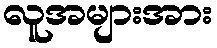
လူအများအား